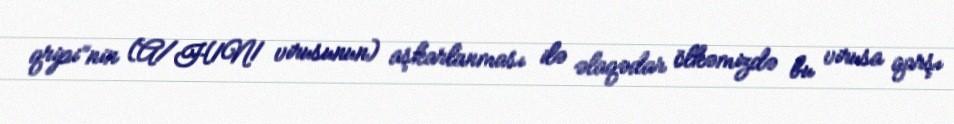
qripi”nin (A/H1N1 virusunun) aşkarlanması ilə əlaqədar ölkəmizdə bu virusa qarşı